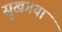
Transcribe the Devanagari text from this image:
सुखगया